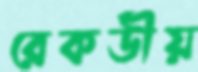
রেকর্ডীয়